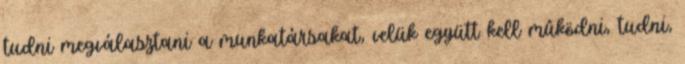
tudni megválasztani a munkatársakat, velük együtt kell mûködni, tudni,